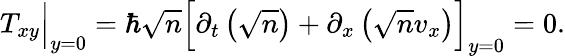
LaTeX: \begin{array}{r}{T_{xy}\Big|_{y=0}=\hbar\sqrt{n}\Big[\partial_{t}\left(\sqrt{n}\right)+\partial_{x}\left(\sqrt{n}v_{x}\right)\Big]_{y=0}=0.}\end{array}